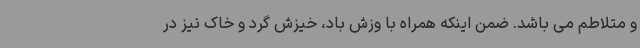
و متلاطم می باشد. ضمن اینکه همراه با وزش باد، خیزش گرد و خاک نیز در